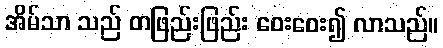
အိမ်သာ သည် တဖြည်းဖြည်း ဝေးဝေး၍ လာသည်။